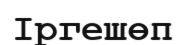
Іргешөп